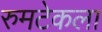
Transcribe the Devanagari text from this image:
रुमटेकला